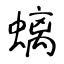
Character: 螭